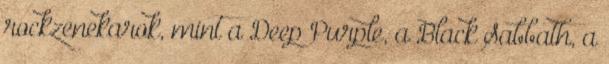
rockzenekarok, mint a Deep Purple, a Black Sabbath, a